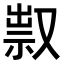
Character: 𠭥